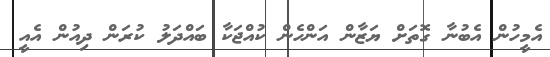
އެމީހުން އެބުނާ ގޮތަށް ޔަޒާން އަންހެން ކުއްޖަކާ ބައްދަލު ކުރަން ދިއުން އެއީ